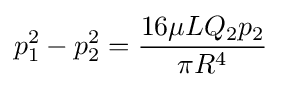
p_{1}^{2}-p_{2}^{2}={\frac {16\mu LQ_{2}p_{2}}{\pi R^{4}}}